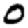
Digit: 0